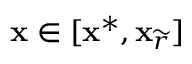
\mathbf { x } \in [ \mathbf { x } ^ { * } , \mathbf { x } _ { \widetilde { r } } ]